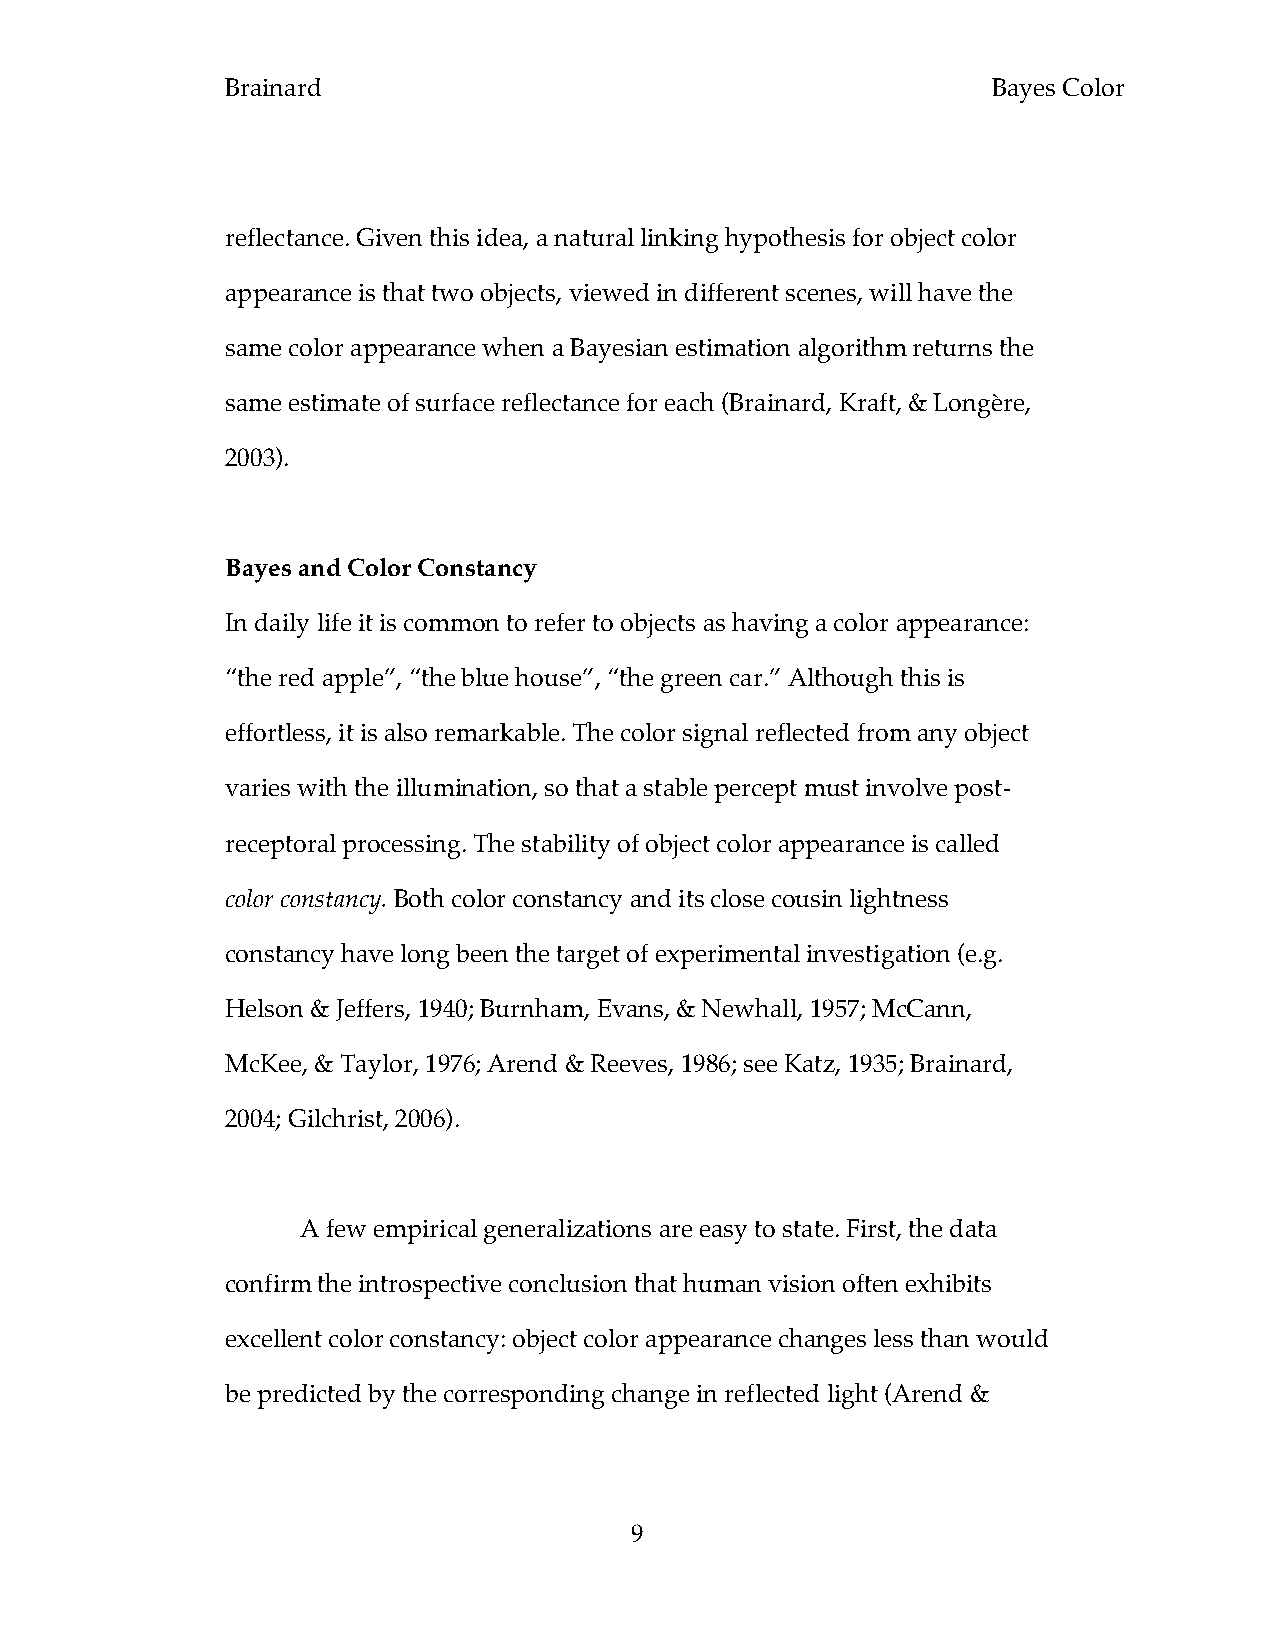
Brainard                                           Bayes Color
 reflectance. Given this idea, a natural linking hypothesis for object color
 appearance is that two objects, viewed in different scenes, will have the
 same color appearance when a Bayesian estimation algorithm returns the
 same estimate of surface reflectance for each (Brainard, Kraft, & Longère,
 2003).
 Bayes and Color Constancy
 In daily life it is common to refer to objects as having a color appearance:
 “the red apple”, “the blue house”, “the green car.” Although this is
 effortless, it is also remarkable. The color signal reflected from any object
 varies with the illumination, so that a stable percept must involve post-
 receptoral processing. The stability of object color appearance is called
 color constancy. Both color constancy and its close cousin lightness
 constancy have long been the target of experimental investigation (e.g.
 Helson & Jeffers, 1940; Burnham, Evans, & Newhall, 1957; McCann,
 McKee, & Taylor, 1976; Arend & Reeves, 1986; see Katz, 1935; Brainard,
 2004; Gilchrist, 2006).
 A few empirical generalizations are easy to state. First, the data
 confirm the introspective conclusion that human vision often exhibits
 excellent color constancy: object color appearance changes less than would
 be predicted by the corresponding change in reflected light (Arend &
 9